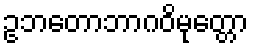
ဥဘတောဘာဂဝိမုတ္တော